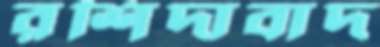
রশিদাবাদ